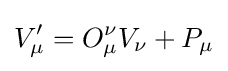
V_{\mu }^{\prime }=O_{\mu }^{\nu }V_{\nu }+P_{\mu }